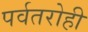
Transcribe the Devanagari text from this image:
पर्वतरोही